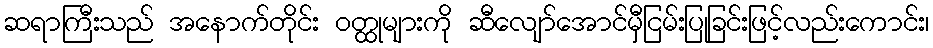
ဆရာကြီးသည် အနောက်တိုင်း ဝတ္ထုများကို ဆီလျော်အောင်မှီငြမ်းပြုခြင်းဖြင့်လည်းကောင်း၊